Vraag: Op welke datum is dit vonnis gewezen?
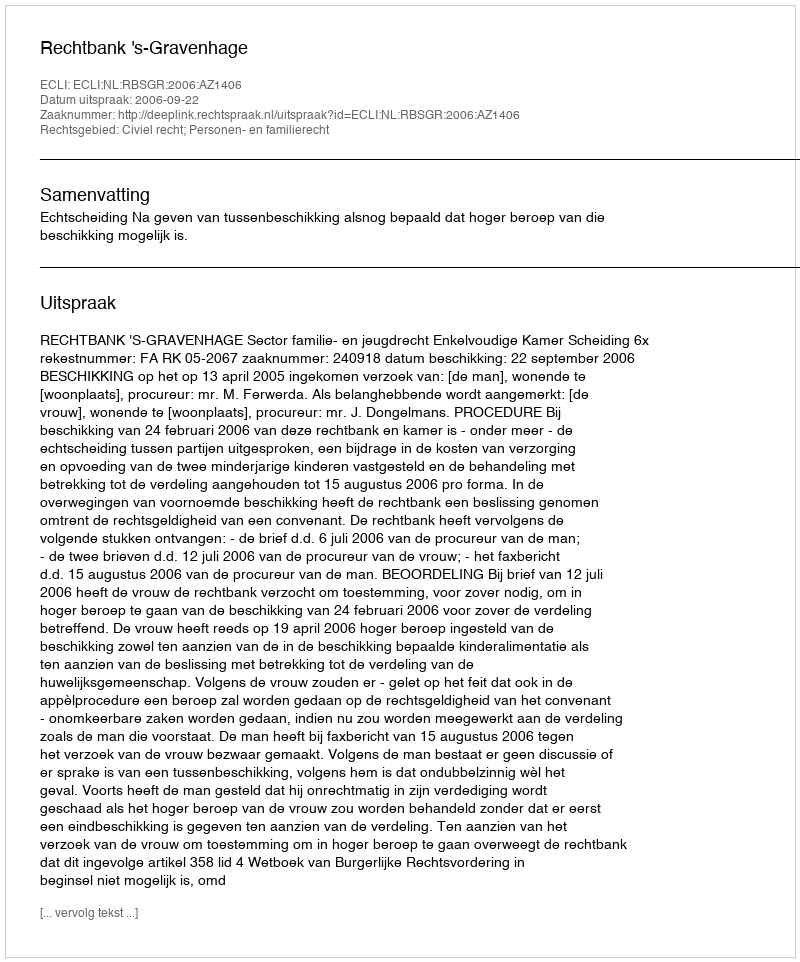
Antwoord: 2006-09-22